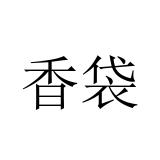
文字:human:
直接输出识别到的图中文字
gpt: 香袋